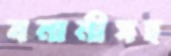
বনানীসহ